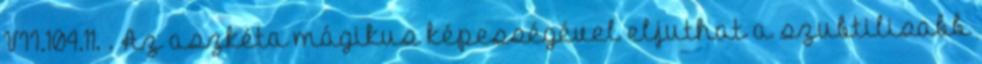
VII.104.11. . Az aszkéta mágikus képességével eljuthat a szubtilisabb